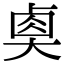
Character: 𡙉